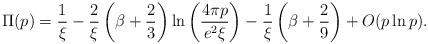
LaTeX: \begin{align*}\Pi (p) = \frac{1}{\xi} - \frac{2}{\xi} \left( \beta + \frac{2}{3} \right) \ln \left(\frac{4 \pi p}{e^2 \xi} \right) - \frac{1}{\xi} \left( \beta + \frac{2}{9} \right) + O (p \ln p). \end{align*}